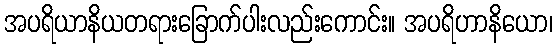
အပရိယာနိယတရားခြောက်ပါးလည်းကောင်း။ အပရိဟာနိယော၊